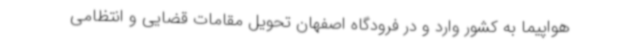
هواپیما به کشور وارد و در فرودگاه اصفهان تحویل مقامات قضایی و انتظامی